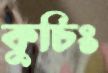
কুচিং